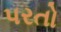
પરતો